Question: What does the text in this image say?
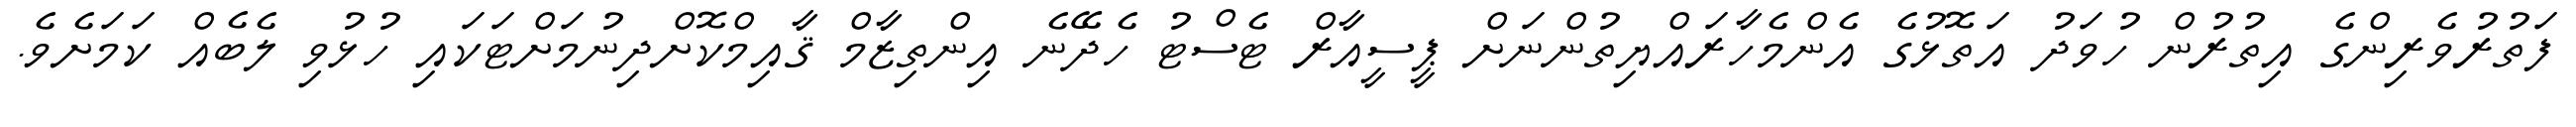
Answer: ފަތުރުވެރިންގެ އިތުރުން ހުވަދު އަތޮޅުގެ އެންމެހާރައްޔިތުންނަށް ޕީސީއާރް ޓެސްޓު ހެދޭނެ އިންތިޒާމް ޤާއިމްކޮށްދިނުމަށްޓަކައި ހުޅުވި ލެބެއް ކަމަށެވެ.